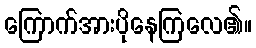
ကြောက်အားပိုနေကြလေ၏။